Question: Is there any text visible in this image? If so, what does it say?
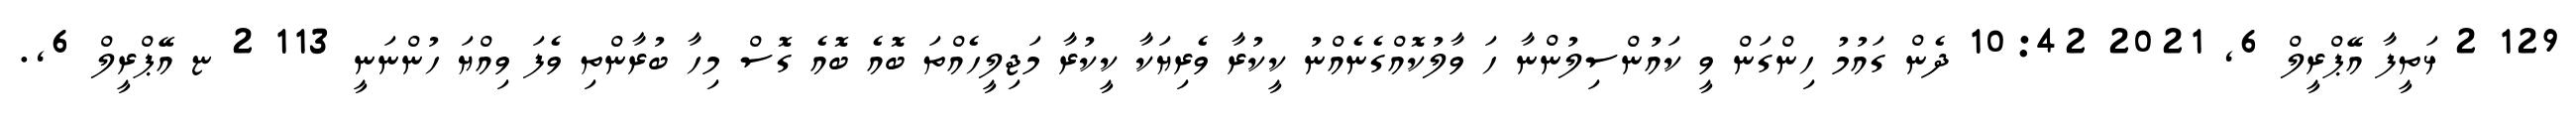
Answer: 129 2 ޅަތީފާ އޭޕްރީލް 6, 2021 10:42 ދެން ގައުމު ހިންގަން ވީ ކައުންސިލުންނާ ހަ ވާލުކޮއްގެނެއްނު ކީކުރާ ވެރިޔަކާ ކީކުރާ މަޖިލީހެއްތަ ބޮއެ ބޮއެ ގޮސް މިހާ ބުރާންތި ވެފަ ވިއްޔަ ހުންނަނީ 113 2 ޏ އޭޕްރީލް 6,.